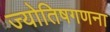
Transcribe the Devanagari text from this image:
ज्योतिषगणना